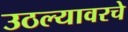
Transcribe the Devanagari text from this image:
उठल्यावरचे